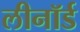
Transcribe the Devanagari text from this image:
लीनॉर्ड